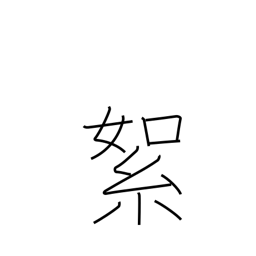
Meaning: cotton